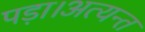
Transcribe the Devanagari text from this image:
पड़ा।अत्यन्त